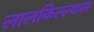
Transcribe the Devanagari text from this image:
लालकिल्ल्यावर